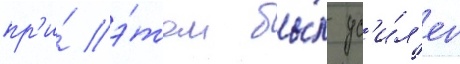
пр'и́ э́том бы́л ус'и́л'ен